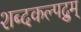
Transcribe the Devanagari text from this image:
शब्दकल्पद्रुम्